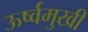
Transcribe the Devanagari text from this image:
ऊर्ष्वमुखी